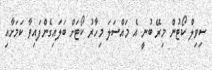
ސިވިލް ކޯޓުން މިރޭ ބުނީ އެ މައްސަލަ މިހާރު ކޯޓަށް ބަލައިގެންފައިވާ ކަމަށާއި